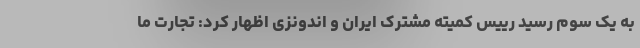
به یک سوم رسید رییس کمیته مشترک ایران و اندونزی اظهار کرد: تجارت ما